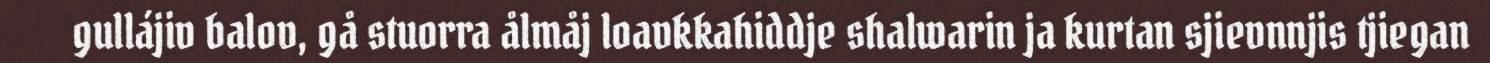
gullájiv balov, gå stuorra ålmåj loavkkahiddje shalwarin ja kurtan sjievnnjis tjiegan